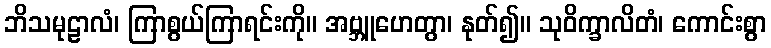
ဘိသမုဠာလံ၊ ကြာစွယ်ကြာရင်းကို။ အဗ္ဘူဟေတွာ၊ နုတ်၍။ သုဝိက္ခာလိတံ၊ ကောင်းစွာ